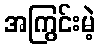
အကြွင်းမဲ့